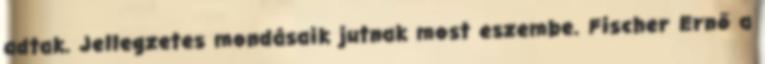
adtak. Jellegzetes mondásaik jutnak most eszembe. Fischer Ernő a